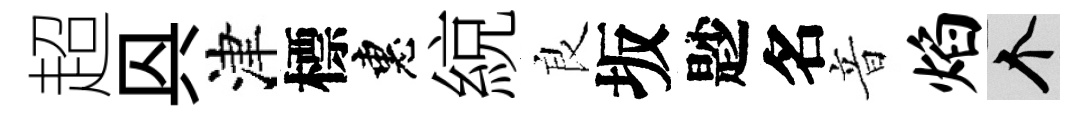
超㒷津標惠綂良坂尟名音焰个